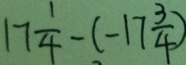
1 7 \frac { 1 } { 4 } - ( - 1 7 \frac { 3 } { 4 } )